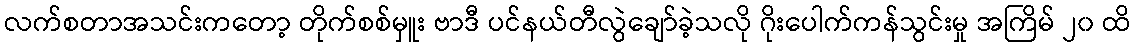
လက်စတာအသင်းကတော့ တိုက်စစ်မှူး ဗာဒီ ပင်နယ်တီလွဲချော်ခဲ့သလို ဂိုးပေါက်ကန်သွင်းမှု အကြိမ် ၂၀ ထိ